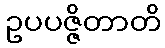
ဥပပဇ္ဇိတာတိ